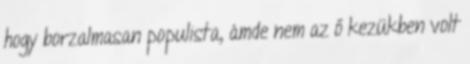
hogy borzalmasan populista, ámde nem az ő kezükben volt